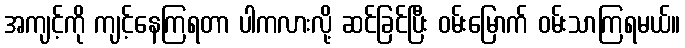
အကျင့်ကို ကျင့်နေကြရတာ ပါကလားလို့ ဆင်ခြင်ပြီး ဝမ်းမြောက် ဝမ်းသာကြရမယ်။